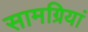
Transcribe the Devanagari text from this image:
सामग्रियां